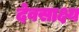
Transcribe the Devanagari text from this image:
देवसाक्ष्य